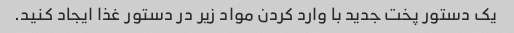
یک دستور پخت جدید با وارد کردن مواد زیر در دستور غذا ایجاد کنید.